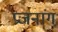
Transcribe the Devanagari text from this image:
प्रजनांग